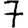
Digit: 7